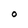
Character: O